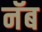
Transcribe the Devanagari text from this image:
नॅब